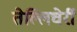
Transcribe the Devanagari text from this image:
तेल्लिचेर्री